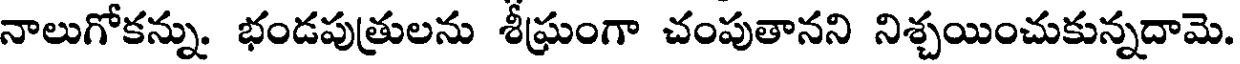
నాలుగోకన్ను. భండపుత్రులను శీఘ్రంగా చంపుతానని నిశ్చయించుకున్నదామె.